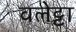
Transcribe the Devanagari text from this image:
वलेट्टा